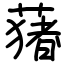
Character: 蕏